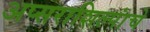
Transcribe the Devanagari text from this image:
अप्सराशिल्पांचे